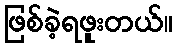
ဖြစ်ခဲ့ရဖူးတယ်။